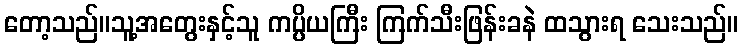
တော့သည်။သူ့အတွေးနှင့်သူ ကပ္ပိယကြီး ကြက်သီးဖြန်းခနဲ ထသွားရ သေးသည်။